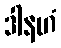
ဒါနဟံ